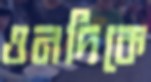
ওনদিকে